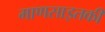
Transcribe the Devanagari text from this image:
माणसाइतकी